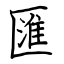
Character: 匯